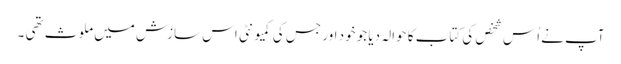
آپ نے اُس شخص کی کتاب کا حوالہ دیا جو خود اور جس کی کمیونٹی اس سازش میں ملوث تھی ۔